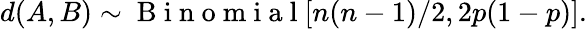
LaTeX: d(A,B)\sim\mathrm{~B~i~n~o~m~i~a~l~}[n(n-1)/2,2p(1-p)].